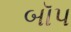
બૉપ